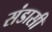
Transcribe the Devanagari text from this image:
संडासी